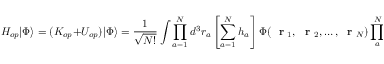
H _ { o p } | \Phi \rangle = ( K _ { o p } + U _ { o p } ) | \Phi \rangle = \frac { 1 } { \sqrt { N ! } } \int \prod _ { a = 1 } ^ { N } d ^ { 3 } r _ { a } \left[ \sum _ { a = 1 } ^ { N } h _ { a } \right] \Phi ( \mathrm { ~ \bf ~ r ~ } _ { 1 } , \mathrm { ~ \bf ~ r ~ } _ { 2 } , \dots , \mathrm { ~ \bf ~ r ~ } _ { N } ) \prod _ { a } ^ { N } \hat { \psi } ^ { + } ( \mathrm { ~ \bf ~ r ~ } _ { a } ) | 0 \rangle